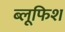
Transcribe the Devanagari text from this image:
ब्लूफिश